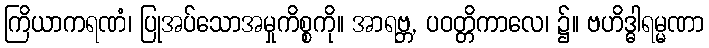
ကြိယာကရဏံ၊ ပြုအပ်သောအမှုကိစ္စကို။ အာရဗ္ဘ, ပဝတ္တိကာလေ၊ ၌။ ဗဟိဒ္ဓါရမ္မဏာ